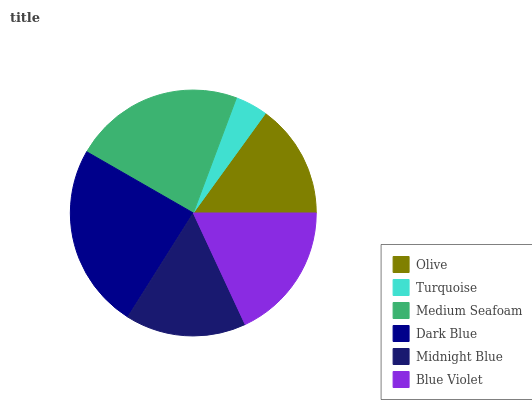
| Olive | Turquoise | Medium Seafoam | Dark Blue | Midnight Blue | Blue Violet |
 | --- | --- | --- | --- | --- | --- |
 | 15% | 4.26% | 22.4% | 24.3% | 15.9% | 18.1% |